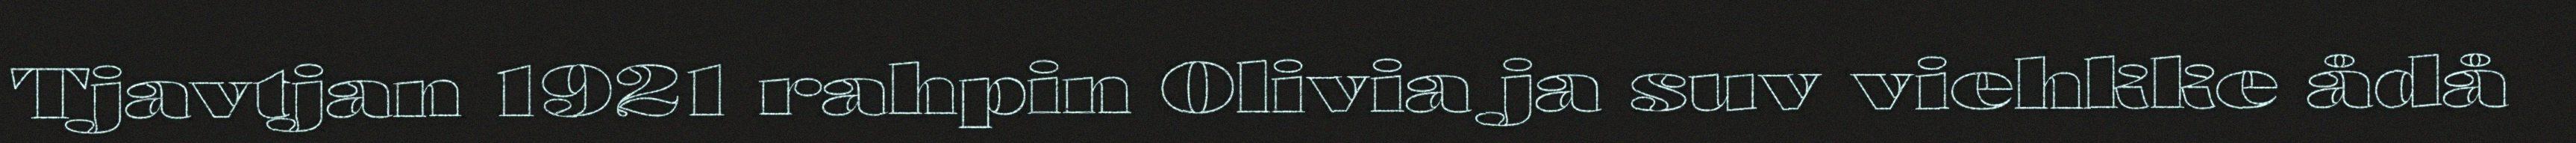
Tjavtjan 1921 rahpin Olivia ja suv viehkke ådå